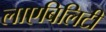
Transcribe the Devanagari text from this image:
लाएबिलिटी